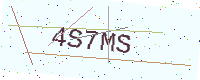
Text: 4S7MS